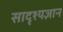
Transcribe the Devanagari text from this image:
सादृश्यज्ञान